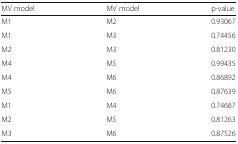
<table><thead><tr><td><b>MV model</b></td><td><b>MV model</b></td><td><b>p-value</b></td></tr></thead><tbody><tr><td>M1</td><td>M2</td><td>0.93067</td></tr><tr><td>M1</td><td>M3</td><td>0.74456</td></tr><tr><td>M2</td><td>M3</td><td>0.81230</td></tr><tr><td>M4</td><td>M5</td><td>0.99435</td></tr><tr><td>M4</td><td>M6</td><td>0.86892</td></tr><tr><td>M5</td><td>M6</td><td>0.87639</td></tr><tr><td>M1</td><td>M4</td><td>0.74687</td></tr><tr><td>M2</td><td>M5</td><td>0.81263</td></tr><tr><td>M3</td><td>M6</td><td>0.87526</td></tr></tbody></table>